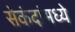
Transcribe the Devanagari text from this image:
सेकंदांमध्ये